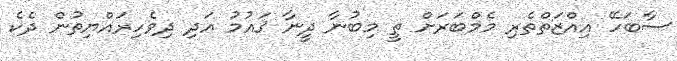
ސާބަހޭ އިއްޒަތްތެރި މެމްބަރަށް ތީ މިބުނާ ދީނާ ޤައުމު އަދި ދިވެހިރައްޔިތުން ދެކެ